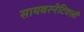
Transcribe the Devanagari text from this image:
सायबरनेटिक्ली